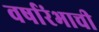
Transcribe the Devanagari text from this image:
वर्षारंभाची